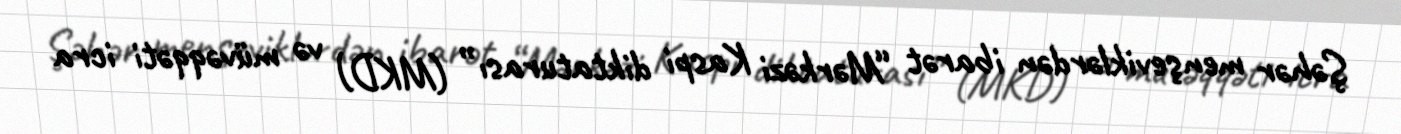
Şəhər menşeviklərdən ibarət “Mərkəzi Kaspi diktaturası” (MKD) və müvəqqəti icra